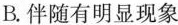
B.伴随有明显现象